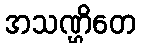
အသဏ္ဌိတေ